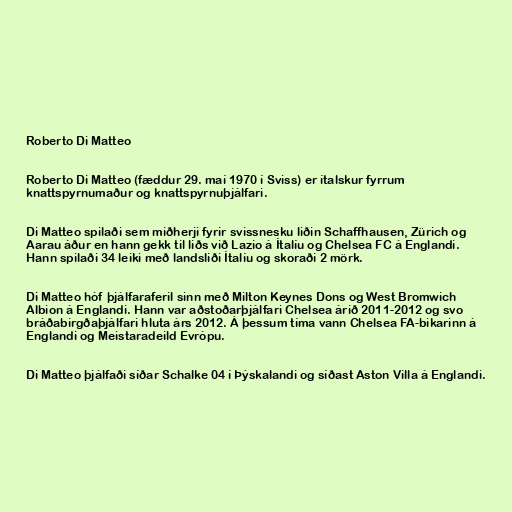
Roberto Di Matteo

Roberto Di Matteo (fæddur 29. maí 1970 í Sviss) er ítalskur fyrrum
knattspyrnumaður og knattspyrnuþjálfari.

Di Matteo spilaði sem miðherji fyrir svissnesku liðin Schaffhausen, Zürich og
Aarau áður en hann gekk til liðs við Lazio á Ítalíu og Chelsea FC á Englandi.
Hann spilaði 34 leiki með landsliði Ítalíu og skoraði 2 mörk.

Di Matteo hóf þjálfaraferil sinn með Milton Keynes Dons og West Bromwich
Albion á Englandi. Hann var aðstoðarþjálfari Chelsea árið 2011-2012 og svo
bráðabirgðaþjálfari hluta árs 2012. Á þessum tíma vann Chelsea FA-bikarinn á
Englandi og Meistaradeild Evrópu.

Di Matteo þjálfaði síðar Schalke 04 í Þýskalandi og síðast Aston Villa á Englandi.